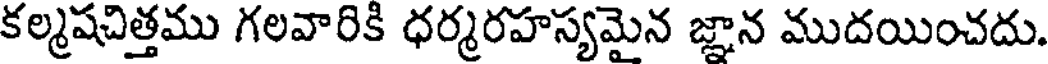
కల్మషచిత్తము గలవారికి ధర్మరహస్యమైన జ్ఞాన ముదయించదు.